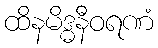
ထိနမိဒ္ဓနီဝရဏံ